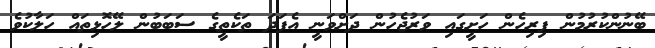
ބޭނުންކުރުމުން ފިރިހެން ހަށީގައި ވަރުޖެހުން ދަށްވަނީ އެފަދަ ތަކެތީގެ ސަބަބުން ލޭހޮޅިތައް ހަލާކުވެ